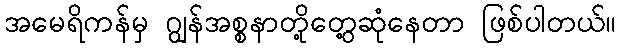
အမေရိကန်မှ ဂျွန်အစ္စနာတို့တွေ့ဆုံနေတာ ဖြစ်ပါတယ်။